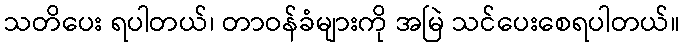
သတိပေး ရပါတယ်၊ တာဝန်ခံများကို အမြဲ သင်ပေးစေရပါတယ်။